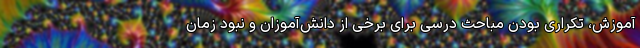
آموزش، تکراری بودن مباحث درسی برای برخی از دانش‌آموزان و نبود زمان